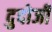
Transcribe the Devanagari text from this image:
दुदोजी